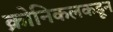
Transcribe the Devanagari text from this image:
क्रोनिकलकडून